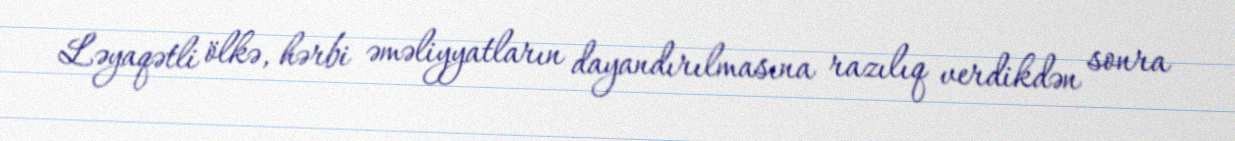
Ləyaqətli ölkə, hərbi əməliyyatların dayandırılmasına razılıq verdikdən sonra